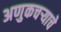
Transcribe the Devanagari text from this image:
अणुकचऱ्याचे